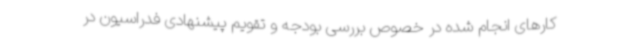
کارهای انجام شده در خصوص بررسی بودجه و تقویم پیشنهادی فدراسیون در